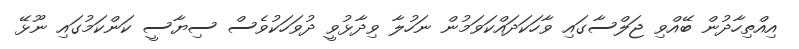
އިއްތިހާދުން ބޭއްވި ޖަލްސާގައި ވާހަކަދައްކަވަމުން ނަހުލާ ވިދާޅުވީ ދުވަހަކުވެސް ސިޔާސީ ކަންކަމުގައި ނޫޅޭ